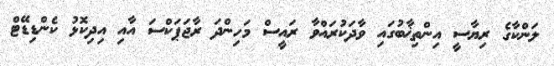
ލަންކާގެ ރިޔާސީ އިންތިޚާބުގައި ވާދަކުރައްވާ ރައީސް މަހިންދަ ރާޖަޕަކްސަ އާއި އިދިކޮޅު ކެންޑިޑޭޓް